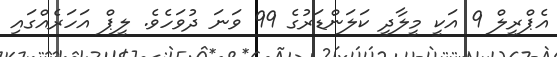
އެޕްރީލް 9 އަކީ މީލާދީ ކަލަންޑަރުގެ 99 ވަނަ ދުވަހެވެ. ލީޕް އަހަރެއްގައި